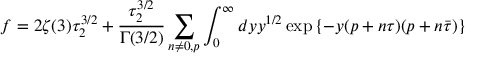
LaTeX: f = 2 \zeta ( 3 ) \tau _ { 2 } ^ { 3 / 2 } + { \frac { \tau _ { 2 } ^ { 3 / 2 } } { \Gamma ( 3 / 2 ) } } \sum _ { n \neq 0 , p } \int _ { 0 } ^ { \infty } d y y ^ { 1 / 2 } \exp \left\{ - y ( p + n \tau ) ( p + n \bar { \tau } ) \right\}